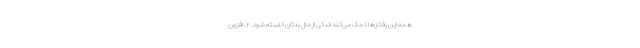
همه این رفتار‌ها کمک می‌کند اندکی از حال بدتان کاسته شود. ۲. افزون